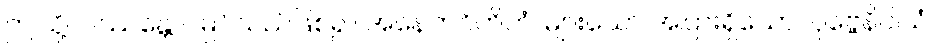
ဤသို့။ ပဿန္တော၊ မြင်သည်ဖြစ်၍။ အနေကဝိဟိတံ၊ များသော အပြားရှိသော။ ပုဗ္ဗေနိဝါသံ၊